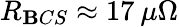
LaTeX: R_{\mathbf{B}CS}\approx17\: \mu\Omega